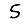
Digit: 5